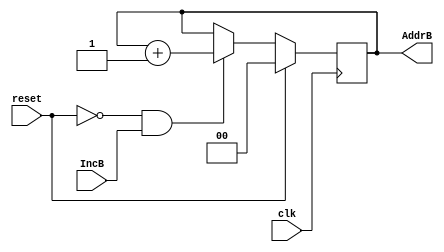
module counterB(input clk,
	        input reset,
		input IncB,
		output reg [1:0] AddrB);

initial
begin
 AddrB=2'b00;
end

always @(posedge clk)
 begin
  if(reset)
	AddrB<=2'b00;
  else if(reset==0 && IncB==1)
	AddrB<=AddrB+1;
 end
endmodule